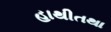
હાથીતથા